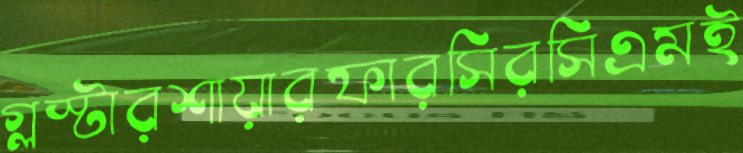
গ্লস্টারশায়ারফারসিরসিএমই